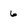
Character: 6